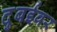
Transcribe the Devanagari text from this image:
दुबईवर